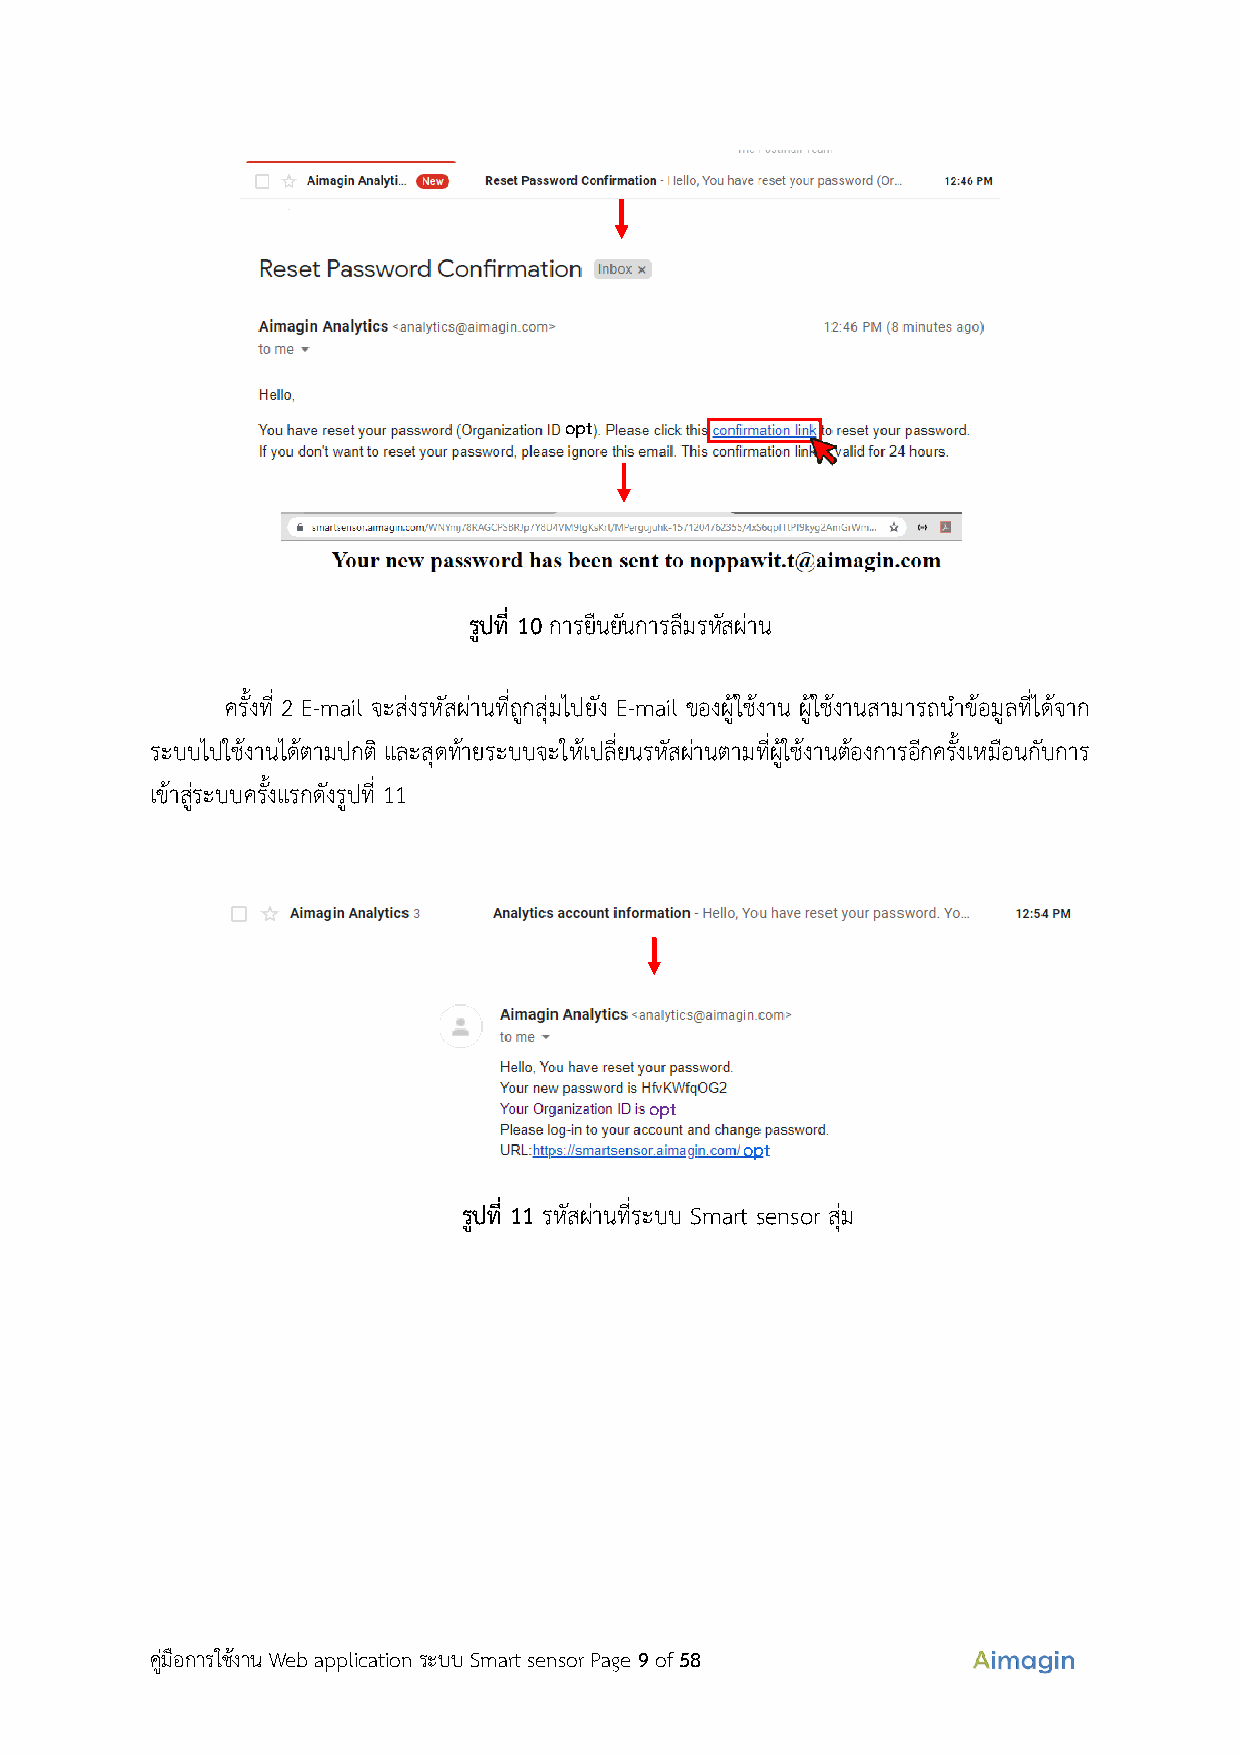
opt
 รูปที่ 10 การยืนยันการลืมรหัสผ่าน
 ครั้งที่ 2 E-mail จะส่งรหัสผ่านที่ถูกสุ่มไปยัง E-mail ของผู้ใช้งาน ผู้ใช้งานสามารถนำข้อมูลที่ได้จาก
 ระบบไปใช้งานได้ตามปกติ และสุดท้ายระบบจะให้เปลี่ยนรหัสผ่านตามที่ผู้ใช้งานต้องการอีกครั้งเหมือนกับการ
 เข้าสู่ระบบครั้งแรกดงั รูปที่ 11
 opt
 opt
 รูปที่ 11 รหัสผ่านที่ระบบ Smart sensor สุ่ม
 คู่มือการใช้งาน Web application ระบบ Smart sensor Page 9 of 58